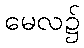
မေလ၌